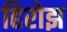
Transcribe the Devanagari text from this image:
हिरोझ